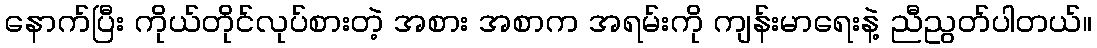
နောက်ပြီး ကိုယ်တိုင်လုပ်စားတဲ့ အစား အစာက အရမ်းကို ကျန်းမာရေးနဲ့ ညီညွတ်ပါတယ်။